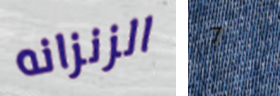
الزنزانه 7